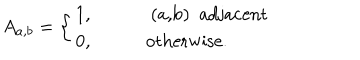
A _ { a , b } = \left\{ \begin{array} { l l } { { 1 , \qquad } } & { { \mathrm { ~ ( a , b ) ~ a d j a c e n t } } } \\ { { 0 , \qquad } } & { { \mathrm { o t h e r w i s e . } } } \\ \end{array} \right.